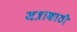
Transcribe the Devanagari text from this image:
जत्राकाठी